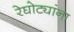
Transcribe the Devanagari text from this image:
रेघोट्यांना